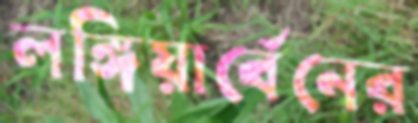
লঙ্গিয়ার্বেনের